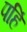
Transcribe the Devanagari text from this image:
पहिं